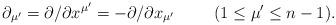
LaTeX: \begin{align*}\partial_{\mu '} = \partial / \partial x^{\mu '}= - \partial/\partial x_{\mu '} \hskip1cm(1 \leq \mu ' \leq n-1).\end{align*}